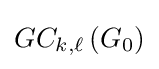
GC_{k,\ell }\left(G_{0}\right)